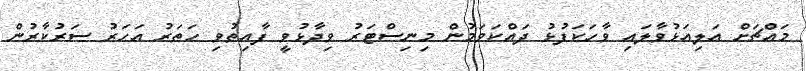
މައްޗަށް އަލިއަޅުވާލައި ވާހަކަފުޅު ދައްކަވަމުން މިނިސްޓަރު ވިދާޅުވީ ފާއިތުވި ހަތަރު އަހަރު ސަރުކާރުން